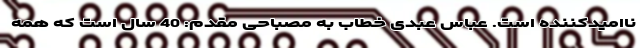
ناامیدکننده است. عباس عبدی خطاب به مصباحی مقدم: 40 سال است که همه